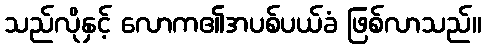
သည်လိုနှင့် လောက၏အပစ်ပယ်ခံ ဖြစ်လာသည်။